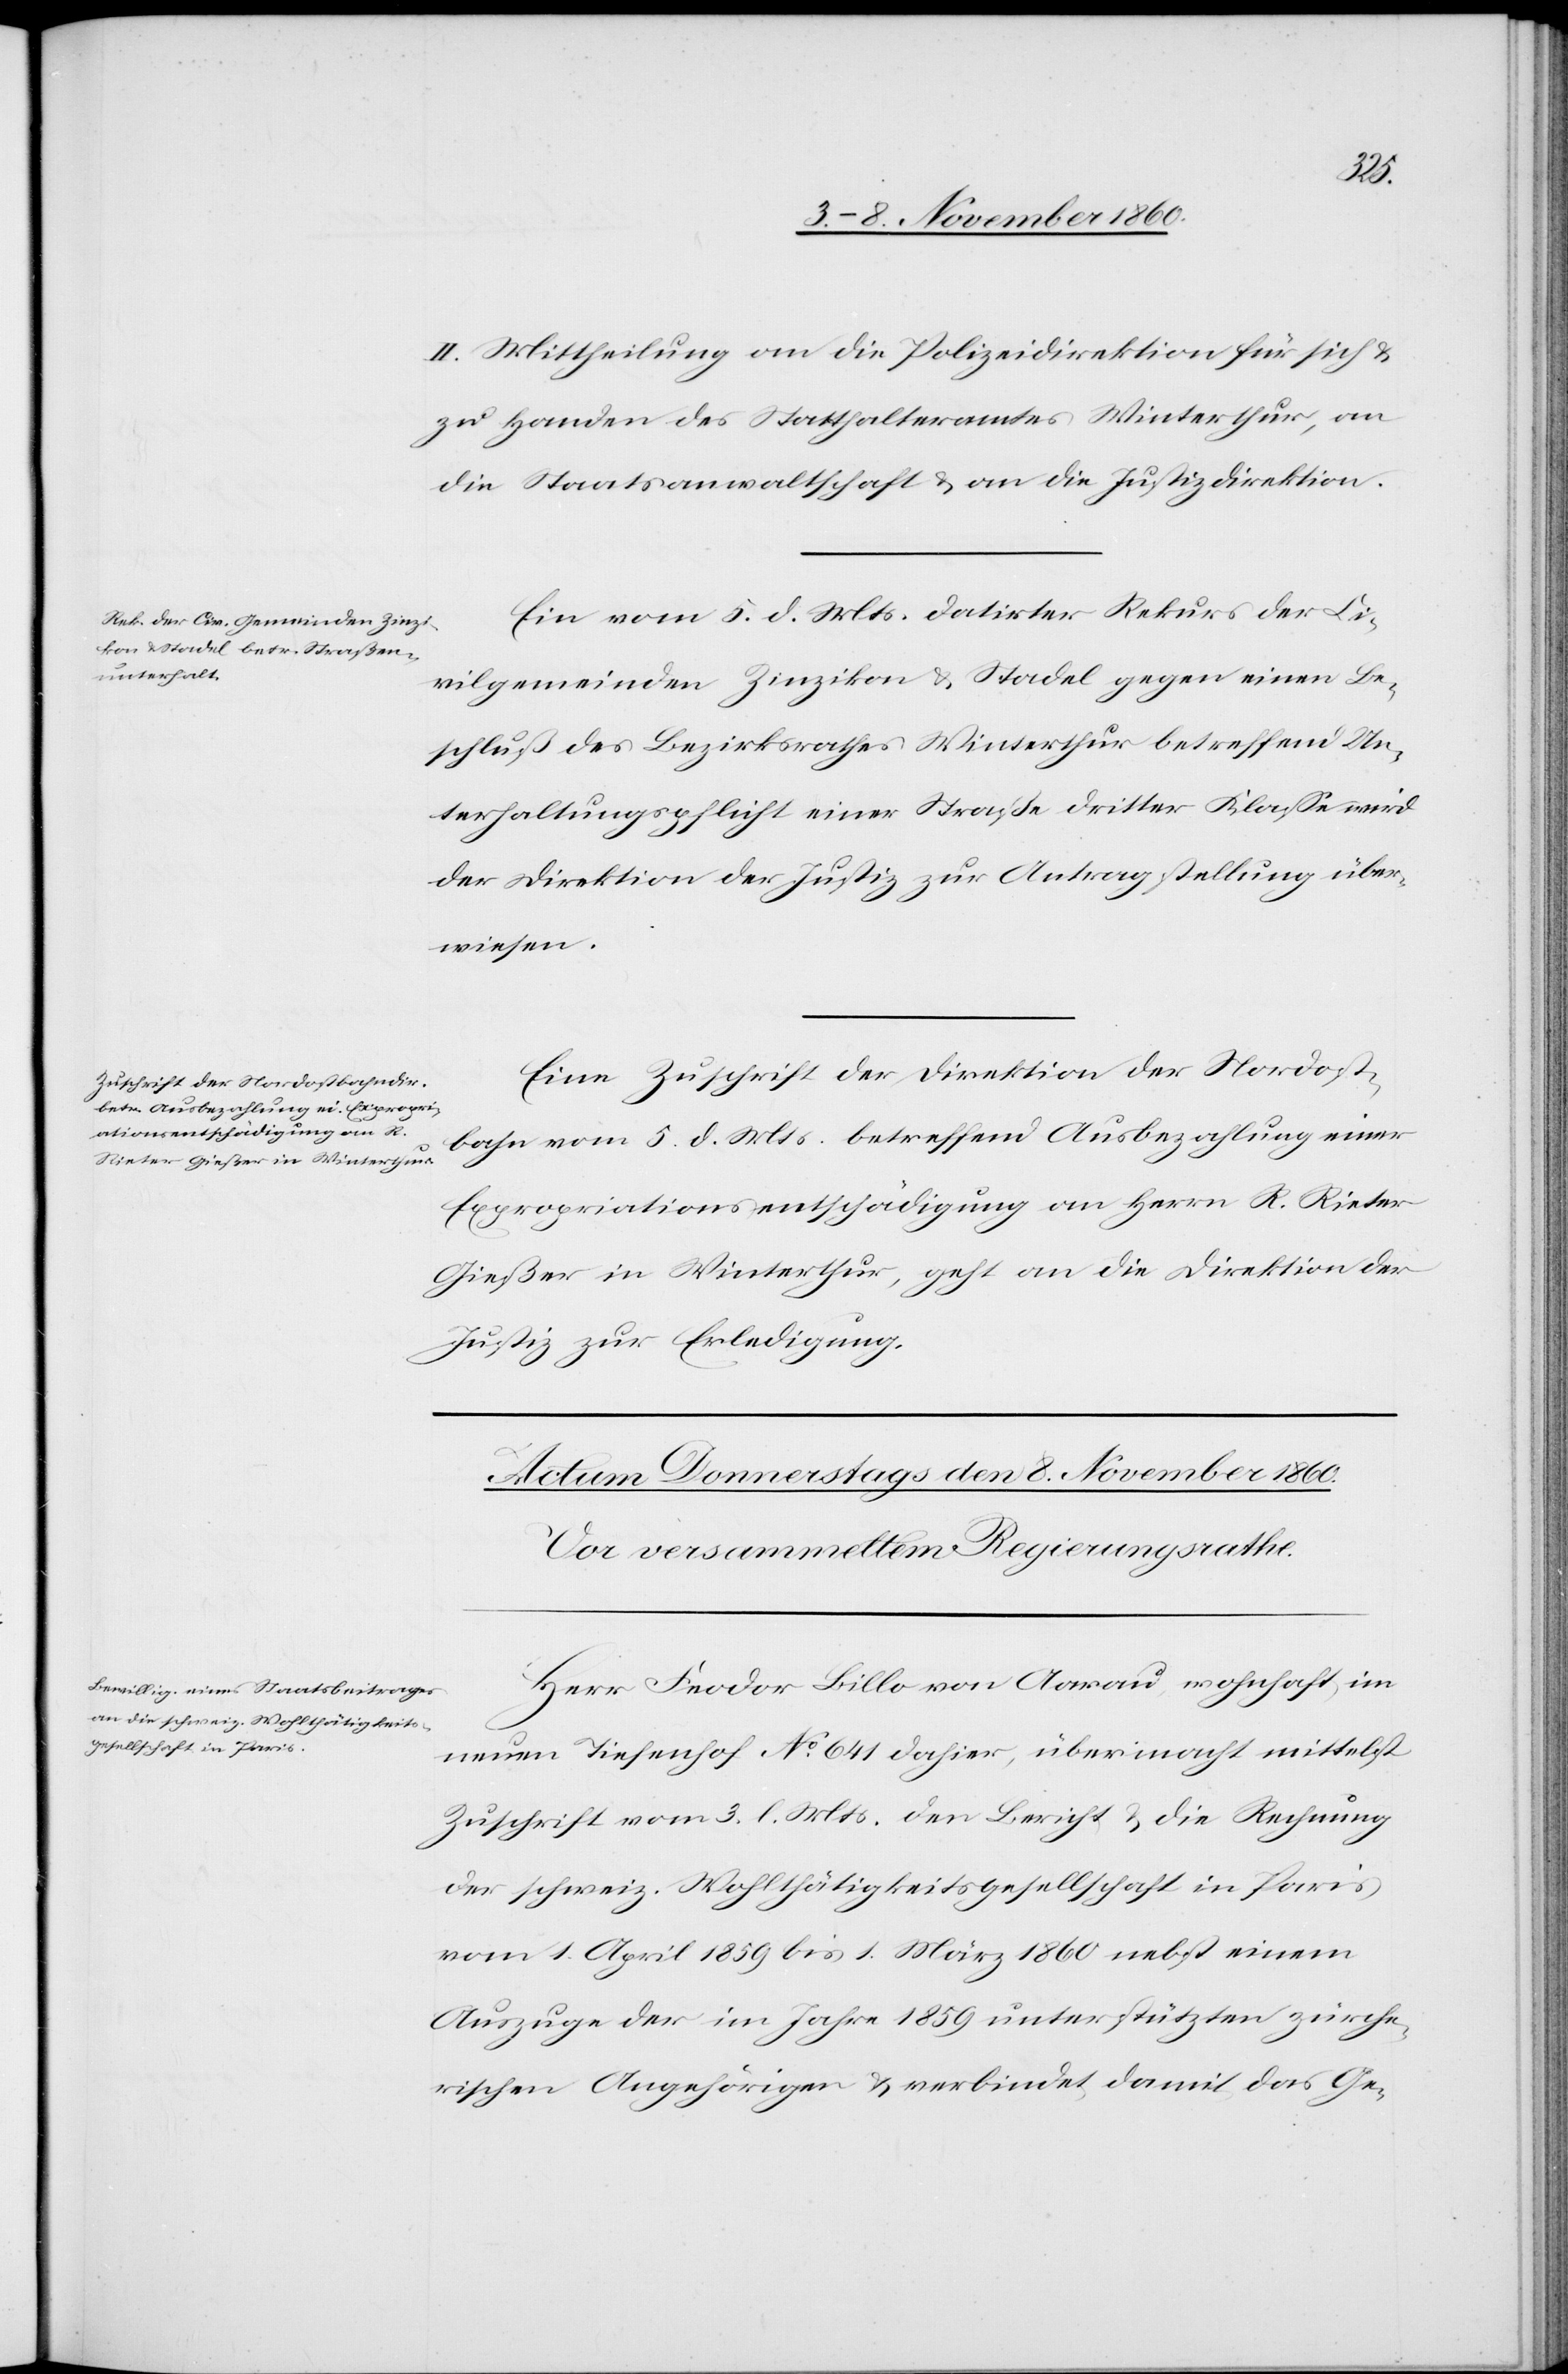
den 7. Novemb. 1860.]
II. Mittheilung an die Polizeidirektion für sich u.
zu Handen des Statthalteramtes Winterthur, an
die Staatsanwaltschaft u. an die Justizdirektion.
Ein vom 5. d. Mts. datirter Rekurs der Ci¬
vilgemeinden Zinzikon u. Stadel gegen einen Be¬
schluß des Bezirksrathes Winterthur betreffend Un¬
terhaltungspflicht einer Straße dritter Klasse wird
der Direktion der Justiz zur Antragstellung über¬
wiesen.
Eine Zuschrift der Direktion der Nordost¬
bahn vom 5. d. Mts. betreffend Ausbezahlung einer
Expropriationsentschädigung an Herrn R. Rieter
Gießer in Winterthur, geht an die Direktion der
Justiz zur Erledigung.
Herr Feodor Billo von Aarau, wohnhaft im
neuen Tiefenhof No 641 dahier, übermacht mittelst
Zuschrift vom 3. l. Mts. den Bericht u. die Rechnung
der schweiz. Wohlthätigkeitsgesellschaft in Paris
vom 1. April 1859 bis 1. März 1860 nebst einem
Auszuge der im Jahre 1859 unerstützten zürche¬
rischen Angehörigen u. verbindet damit das Ge-